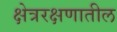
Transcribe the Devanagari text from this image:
क्षेत्ररक्षणातील